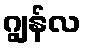
ဂျွန်လ